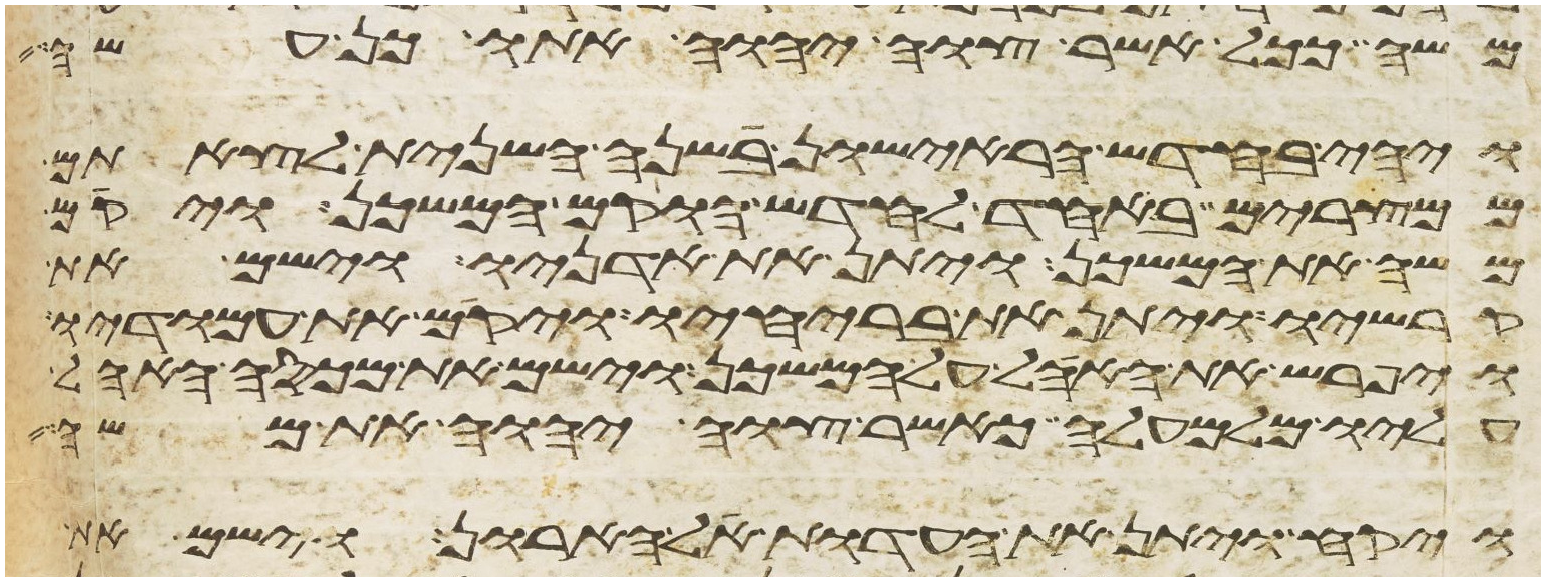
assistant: משה ככל אשר צוה יהוה אתו כן עשה
ויהי בחדש הראישון בשנה השנית לצאתם
ממצרים באחד לחדש הוקם המשכן ויקם
משה את המשכן ויתן את אדניו וישם את
קרשיו ויתן את בריחיו ויקם את עמודיו
ויפרש את האהל על המשכן וישם את מכסה האהל
עליו מלמעלה כאשר צוה יהוה את משה
ויקח ויתן את העדות אל הארון וישם את